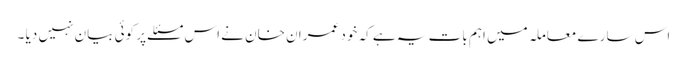
اس سارے معاملہ میں اہم بات یہ ہے کہ خود عمران خان نے اس مسئلے پر کوئی بیان نہیں دیا ۔